Insane asylums in Bengal annual reports 1867-1875 - 1867-1875
Year: 1867
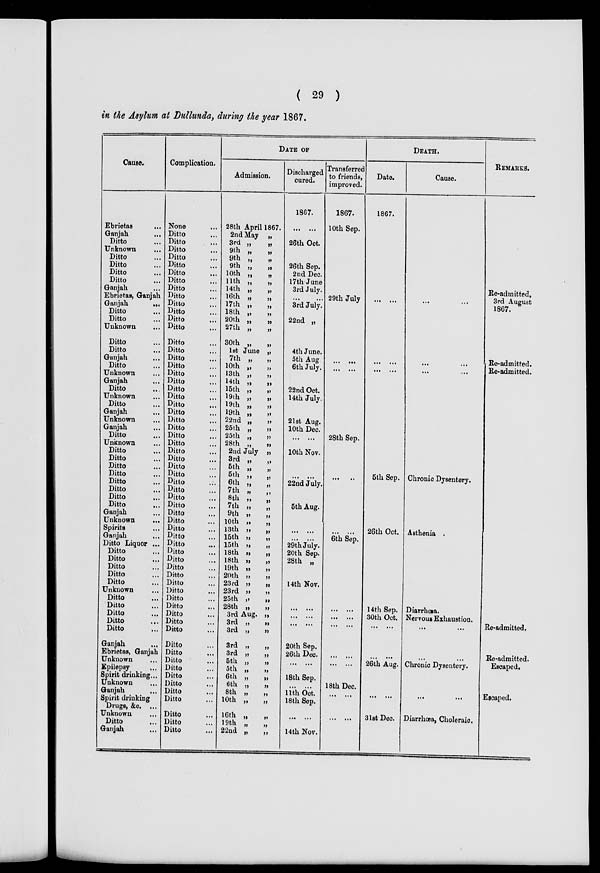
( 29 )
in the Asylum at Dullunda, during the year 1867.
Cause.
Ebrietas ...
Ganjah ...
Ditto ...
Unknown ...
Ditto ...
Ditto ...
Ditto ...
Ditto ...
Ganjah ...
Ebrietas, Ganjah
Ganjah
...
Ditto ...
Ditto ...
Unknown ...
Ditto ...
Ditto ...
Ganjah ...
Ditto ...
Unknown ...
Ganjah ...
Ditto ...
Unknown ...
Ditto ...
Ganjah ...
Unknown ...
Ganjah ...
Ditto ...
Unknown ...
Ditto ...
Ditto ...
Ditto ...
Ditto ...
Ditto ...
Ditto ...
Ditto ...
Ditto ...
Ganjah ...
Unknown
...
Spirits ...
Ganjah ...
Ditto Liquor ...
Ditto ...
Ditto ...
Ditto ...
Ditto ...
Ditto ...
Unknown ...
Ditto ...
Ditto ...
Ditto ...
Ditto
...
Ditto ...
Ganjah ...
Ebrietas, Ganjah
Unknown ...
Epilepsy ...
Spirit drinking...
Unknown ...
Ganjah ...
Spirit drinking
Drugs, &c. ...
Unknown ...
Ditto ...
Ganjah ...
Complication.
None ...
Ditto ...
Ditto ...
Ditto ...
Ditto ...
Ditto ...
Ditto ...
Ditto ...
Ditto ...
Ditto ...
Ditto ...
Ditto ...
Ditto ...
Ditto ...
Ditto ...
Ditto ...
Ditto ...
Ditto ...
Ditto ...
Ditto ...
Ditto ...
Ditto ...
Ditto ...
Ditto ...
Ditto ...
Ditto ...
Ditto ...
Ditto ...
Ditto ...
Ditto ...
Ditto ...
Ditto ...
Ditto ...
Ditto ...
Ditto ...
Ditto ...
Ditto ...
Ditto ...
Ditto ...
Ditto ...
Ditto ...
Ditto ...
Ditto ...
Ditto ...
Ditto ...
Ditto ...
Ditto ...
Ditto ...
Ditto ...
Ditto ...
Ditto ...
Ditto ...
Ditto ...
Ditto ...
Ditto ...
Ditto ...
Ditto ...
Ditto ...
Ditto ...
Ditto ...
Ditto ...
Ditto ...
Ditto ...
DATE OF
Admission.
28th April 1867.
2nd May „
3rd „
„
9th „
„
9th „
„
9th „
„
10th „
„
11th „
„
14th „
„
16th „
„
17th „
„
18th „
„
20th „
„
27th „
„
30th „
„
1st June „
7th „
„
10th „
„
13th „
„
14th „
„
15th „
„
19th „
„
19th „
„
19th „
„
22nd „
„
25th „
„
25th „
„
28th „
„
2nd July „
3rd „
„
5th „
„
5th „
„
6th „
„
7th „
„
8th „
„
7th „
„
9th „
„
10th „
„
13th „
„
15th
„
„
15th
„
„
18th
„
„
18th „
„
19th
„
„
20th „
„
23rd
„
„
23rd „
„
25th „
„
28th „
„
3rd Aug. „
3rd „
„
3rd
„
„
3rd
„
„
3rd
„
„
5th
„
„
5th „
„
6th „
„
6th „
„
8th „
„
10th „
„
16th „ „
19th „ „
22nd „
„
Discharged
cured.
1867.
... ...
26th Oct.
26th Sep.
2nd Dec.
17th June
3rd July.
... ...
3rd July.
22nd „
4th June.
5th Aug.
6th July.
22nd Oct.
14th July.
21st Aug.
10th Dec.
... ...
10th Nov.
... ...
22nd July.
5th Aug.
... ...
... ...
29th July.
20th Sep.
28th „
14th Nov.
... ...
... ...
... ...
20th Sep.
26th Dec.
... ...
18th Sep.
... ...
11th Oct.
18th Sep.
... ...
14th Nov.
Transferred
to friends,
improved.
1867.
10th Sep.
29th July
... ...
... ...
28th Sep.
... ...
... ...
6th Sep.
... ...
... ...
... ...
... ...
... ...
18th Dec.
... ...
...
...
DEATH.
Date.
1867.
... ...
... ...
... ...
5th Sep.
26th Oct.
14th Sep.
30th Oct.
... ...
... ...
26th Aug.
... ...
31st Dec.
Cause.
...
...
... ...
... ...
Chronic Dysentery.
Asthenia .
Diarrhœa.
Nervous Exhaustion.
... ...
...
Chronic Dysentery.
...
...
Diarrhœa, Choleraic.
REMARKS.
Re-admitted,
3rd August
1867.
Re-admitted.
Re-admitted.
Re-admitted.
Re-admitted.
Escaped.
Escaped.